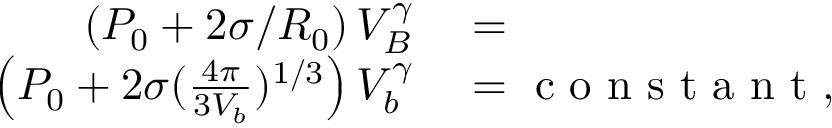
\begin{array} { r l } { \left( P _ { 0 } + 2 \sigma / R _ { 0 } \right) V _ { B } ^ { \gamma } } & { { } = } \\ { \left( P _ { 0 } + 2 \sigma ( \frac { 4 \pi } { 3 V _ { b } } ) ^ { 1 / 3 } \right) V _ { b } ^ { \gamma } } & { { } = \mathrm { ~ c ~ o ~ n ~ s ~ t ~ a ~ n ~ t ~ } , } \end{array}